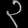
Digit: ၃